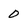
Character: 0